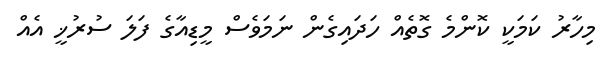
މިހާރު ކަމަކީ ކޮންމެ ގޮތެއް ހަދައިގެން ނަމަވެސް މީޑިއާގެ ފަލަ ސުރުޚީ އެއް